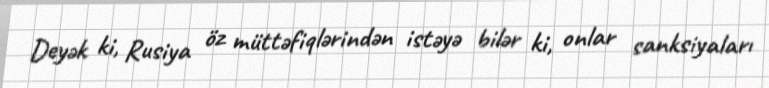
Deyək ki, Rusiya öz müttəfiqlərindən istəyə bilər ki, onlar sanksiyaları